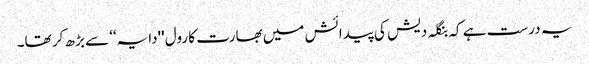
یہ درست ہے کہ بنگلہ دیش کی پیدائش میں بھارت کا رول ''دایہ‘‘ سے بڑھ کر تھا۔